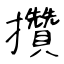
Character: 攢